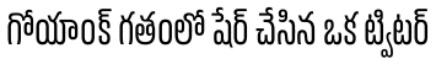
గోయాంక్ గతంలో షేర్ చేసిన ఒక ట్విటర్